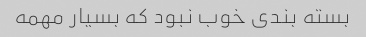
بسته بندی خوب نبود که بسیار مهمه